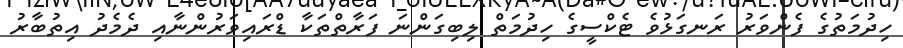
ހިދުމަތުގެ ފެންވަރު ރަނގަޅުވެ ޓެކްސީގެ ހިދުމަތް ލިބިގަންނަ ފަރާތްތަކާ ޑްރައިވަރުންނާއި ދެމެދު އިތުބާރު